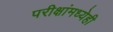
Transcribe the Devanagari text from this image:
परीक्षांमध्येही